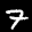
Label: 7